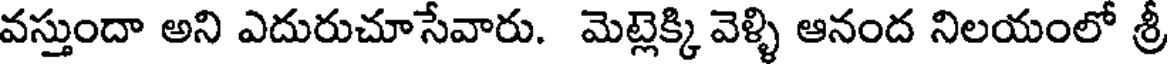
వస్తుందా అని ఎదురుచూసేవారు. మెట్లెక్కి వెళ్ళి ఆనంద నిలయంలో శ్రీ